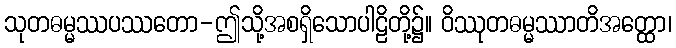
သုတဓမ္မဿပဿတော-ဤသို့အစရှိသောပါဠိတို့၌။ ဝိဿုတဓမ္မဿာတိအတ္ထော၊